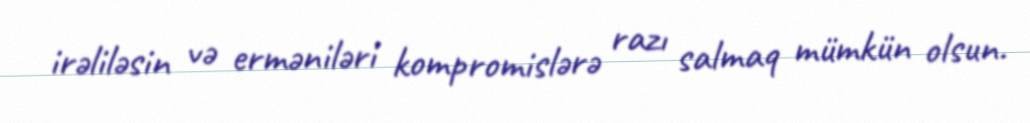
irəliləsin və erməniləri kompromislərə razı salmaq mümkün olsun.